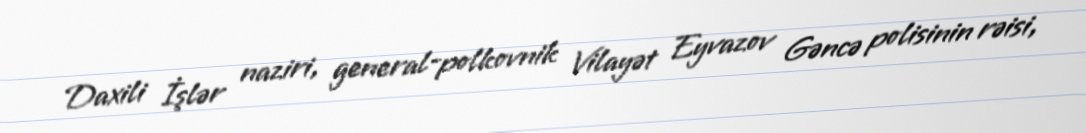
Daxili İşlər naziri, general-polkovnik Vilayət Eyvazov Gəncə polisinin rəisi,